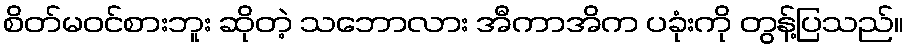
စိတ်မဝင်စားဘူး ဆိုတဲ့ သဘောလား အီကာအိက ပခုံးကို တွန့်ပြသည်။